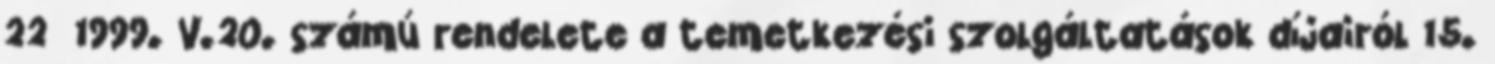
22 1999. V.20. számú rendelete a temetkezési szolgáltatások díjairól 15.